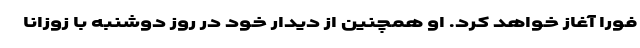
فورا آغاز خواهد کرد. او همچنین از دیدار خود در روز دوشنبه با زوزانا